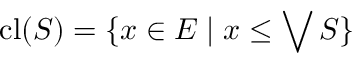
\operatorname { c l } ( S ) = \{ x \in E \mid x \leq \bigvee S \}